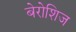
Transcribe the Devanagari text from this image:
बेरोशिज